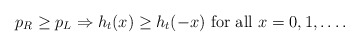
\begin{align*}p_{R}\geq p_{L} \Rightarrow h_{t}(x) \geq h_{t}(-x) \mbox{ for all } x =0,1, \dots. \end{align*}